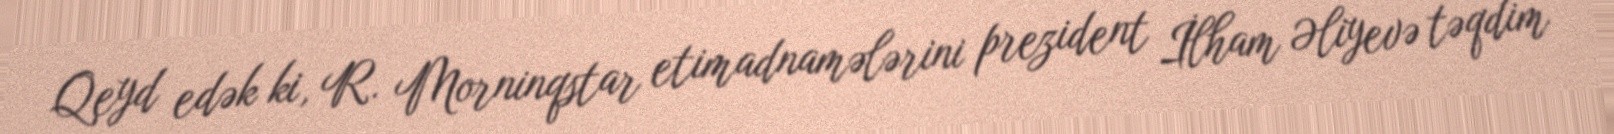
Qeyd edək ki, R. Morninqstar etimadnamələrini prezident İlham Əliyevə təqdim